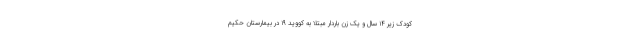
کودک زیر ۱۴ سال و یک زن باردار مبتلا به کووید ۱۹ در بیمارستان حکیم